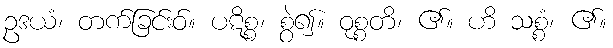
ဥဒယံ၊ တက်ခြင်းဝ်။ ပဋိစ္စ၊ စွဲ၍။ ဝုစ္စတိ၊ ၏။ ဟိ သစ္စံ၊ ၏။